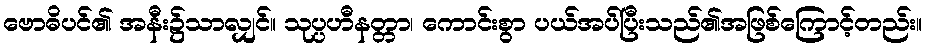
ဗောဓိပင်၏ အနီး၌သာလျှင်။ သုပ္ပဟီနတ္တာ၊ ကောင်းစွာ ပယ်အပ်ပြီးသည်၏အဖြစ်ကြောင့်တည်း။